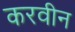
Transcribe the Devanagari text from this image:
करवीन